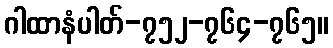
ဂါထာနံပါတ်-၇၅၂-၇၆၄-၇၆၅။